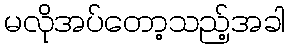
မလိုအပ်တော့သည့်အခါ